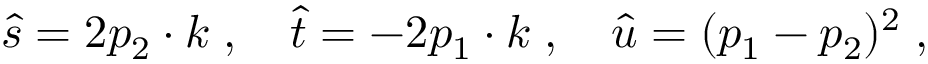
\hat { s } = 2 p _ { 2 } \cdot k \; , \quad \hat { t } = - 2 p _ { 1 } \cdot k \; , \quad \hat { u } = ( p _ { 1 } - p _ { 2 } ) ^ { 2 } \; ,